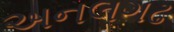
અનલગઢ